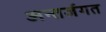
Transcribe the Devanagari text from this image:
अन्तर्जगत